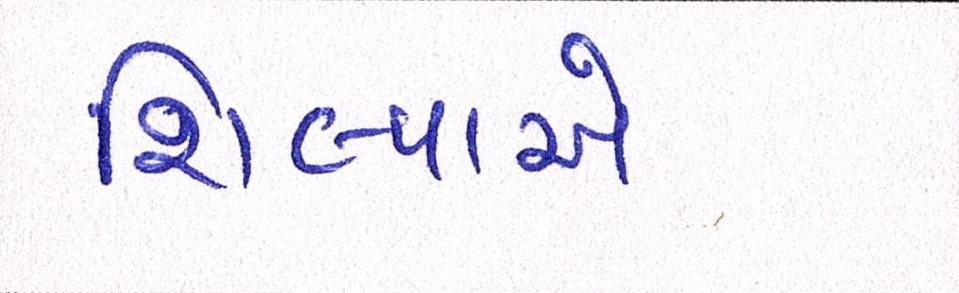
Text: શિલ્પાએ